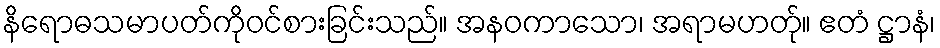
နိရောဓသမာပတ်ကိုဝင်စားခြင်းသည်။ အနဝကာသော၊ အရာမဟတ်ု။ ဧတံ ဋ္ဌာနံ၊